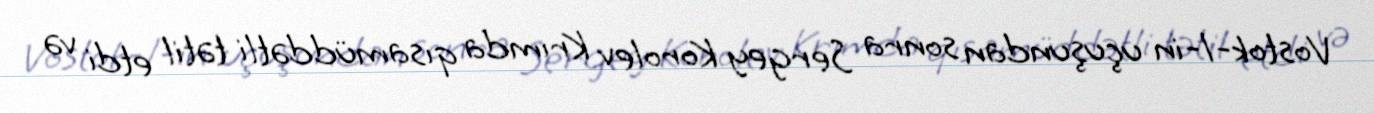
Vostok-1-in uçuşundan sonra Sergey Korolev Krımda qısamüddətli tətil etdi və